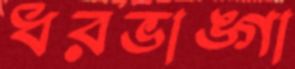
ধরভাঙ্গা